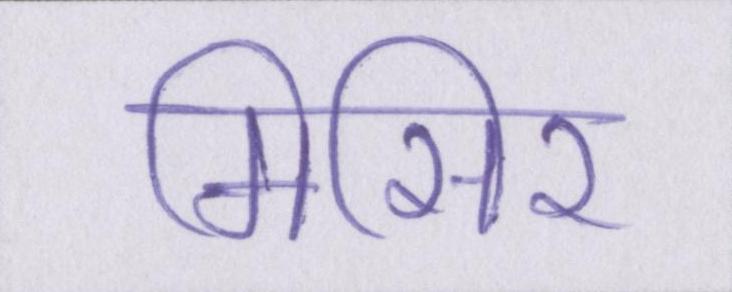
मिसिर